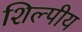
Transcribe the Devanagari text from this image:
शिल्पीय